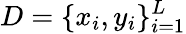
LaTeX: D=\{ x_{i},y_{i}\} _{i=1}^{L}